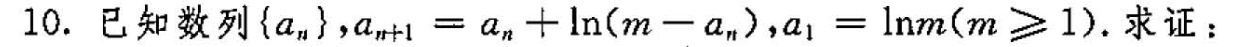
10.已知数列\left \{a_{n} \right \} ，$$a_{n+1} = a_{n} + \ln(m-a_{n})$$，$$a_{1} = \ln{m}(m≥1)$$. 求证：